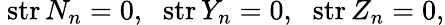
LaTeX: \mathrm{~str}\, N_{n}=0,\, \, \mathrm{~str}\, Y_{n}=0,\, \, \mathrm{~str}\, Z_{n}=0,